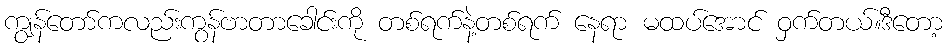
ကျွန်တော်ကလည်းကွန်ဗာတာခေါင်းကို တစ်ရက်နဲ့တစ်ရက် နေရာ မထပ်အောင် ဝှက်တယ်။ဒီတော့